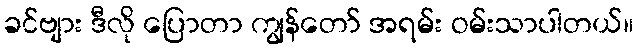
ခင်ဗျား ဒီလို ပြောတာ ကျွန်တော် အရမ်း ဝမ်းသာပါတယ်။